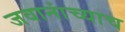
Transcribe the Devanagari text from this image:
जवानांच्याच